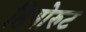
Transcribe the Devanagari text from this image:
हियोरुट